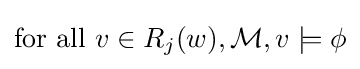
{\textstyle {\textrm {for~all~}}v\in R_{j}(w),{\mathcal {M}},v\models \phi }